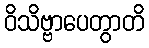
ဝိသိဗ္ဗာပေတွာတိ